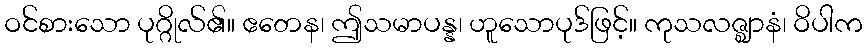
ဝင်စားသော ပုဂ္ဂိုလ်၏။ ဧတေန၊ ဤသမာပန္န၊ ဟူသောပုဒ်ဖြင့်။ ကုသလဇ္ဈာနံ၊ ဝိပါက